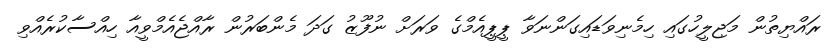
ރައްޔިތުން މަޖިލީހުގައި ހިމެނިވަޑައިގަންނަވާ ޕީޕީއެމްގެ ވަރަށް ނުފޫޒު ގަދަ މެންބަރުން ރާއްޖެއެމްވީއާ ހިއްސާކުރެއްވި